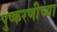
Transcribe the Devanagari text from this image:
पुष्करणीच्या